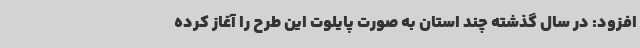
افزود: در سال گذشته چند استان به صورت پایلوت این طرح را آغاز کرده